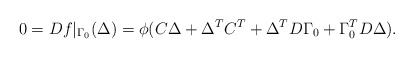
\begin{align*} 0 = Df|_{\Gamma_0}(\Delta) = \phi(C \Delta+ \Delta^T C^T + \Delta^T D \Gamma_0 + \Gamma_0^T D\Delta).\end{align*}